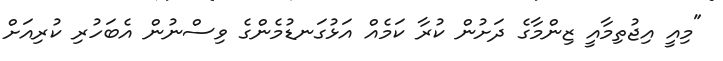
"މިއީ އިޖުތިމާއީ ޒިންމާގެ ދަށުން ކުރާ ކަމެއް އަޅުގަނޑުމެންގެ ވިސްނުން އެބަހުރި ކުރިއަށް